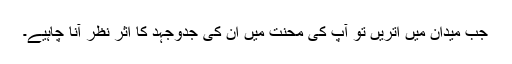
جب میدان میں اُتریں تو آپ کی محنت میں اُن کی جدوجہد کا اثر نظر آنا چاہیے۔